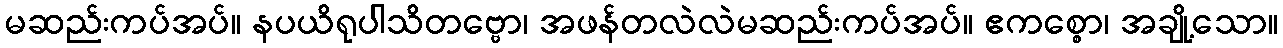
မဆည်းကပ်အပ်။ နပယိရုပါသိတဗ္ဗော၊ အဖန်တလဲလဲမဆည်းကပ်အပ်။ ဧကစ္စော၊ အချို့သော။